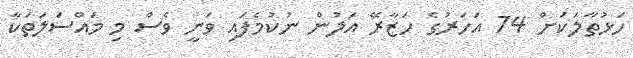
ހަޅުތާލަކަށް 74 އަހަރުގެ ހަޒާރޭ އަލުން ނުކުމެފައި ވަނީ ވެސް މި މައްސަލަތަކާ